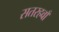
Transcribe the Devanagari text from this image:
सतरहवाँ